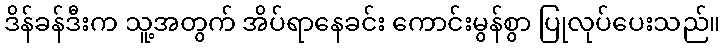
ဒိန်ခန်ဒီးက သူ့အတွက် အိပ်ရာနေခင်း ကောင်းမွန်စွာ ပြုလုပ်ပေးသည်။